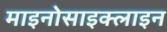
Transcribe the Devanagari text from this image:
माइनोसाइक्लाइन